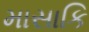
માસાકિ